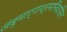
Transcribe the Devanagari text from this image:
जंबुमार्गाश्रमनिवासिन